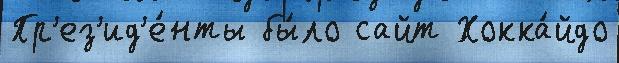
Пр'ез'ид'е́нты бы́ло сайт Хокка́йдо